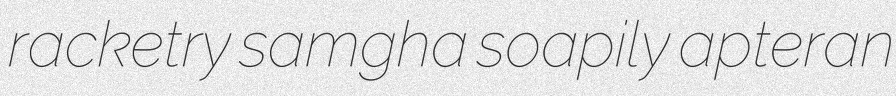
racketry samgha soapily apteran